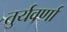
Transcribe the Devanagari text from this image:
तुर्यवर्णा